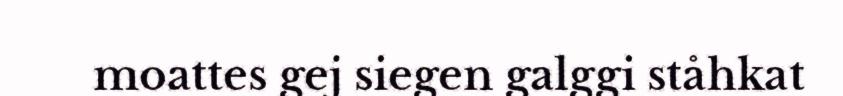
moattes gej siegen galggi ståhkat